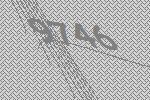
9746